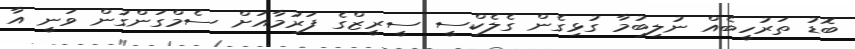
ބޮޑު ތަރުހީބެއް ނުލިބުމާ ގުޅިގެން ގެލެކްސީ ސީރީޒްގެ ފަރުމާއަށް ސެމްގަންގުން ވަނީ އާ